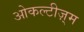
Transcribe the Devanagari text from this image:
ओकल्टीज़्म